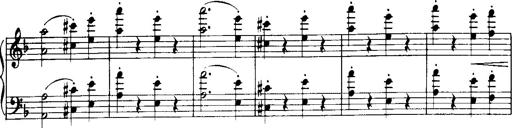
Title: Historische ungarische Bildnisse
Composer: Franz Liszt